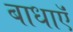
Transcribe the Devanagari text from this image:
बाधाऍं